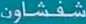
شفشاون